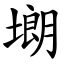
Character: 㙟